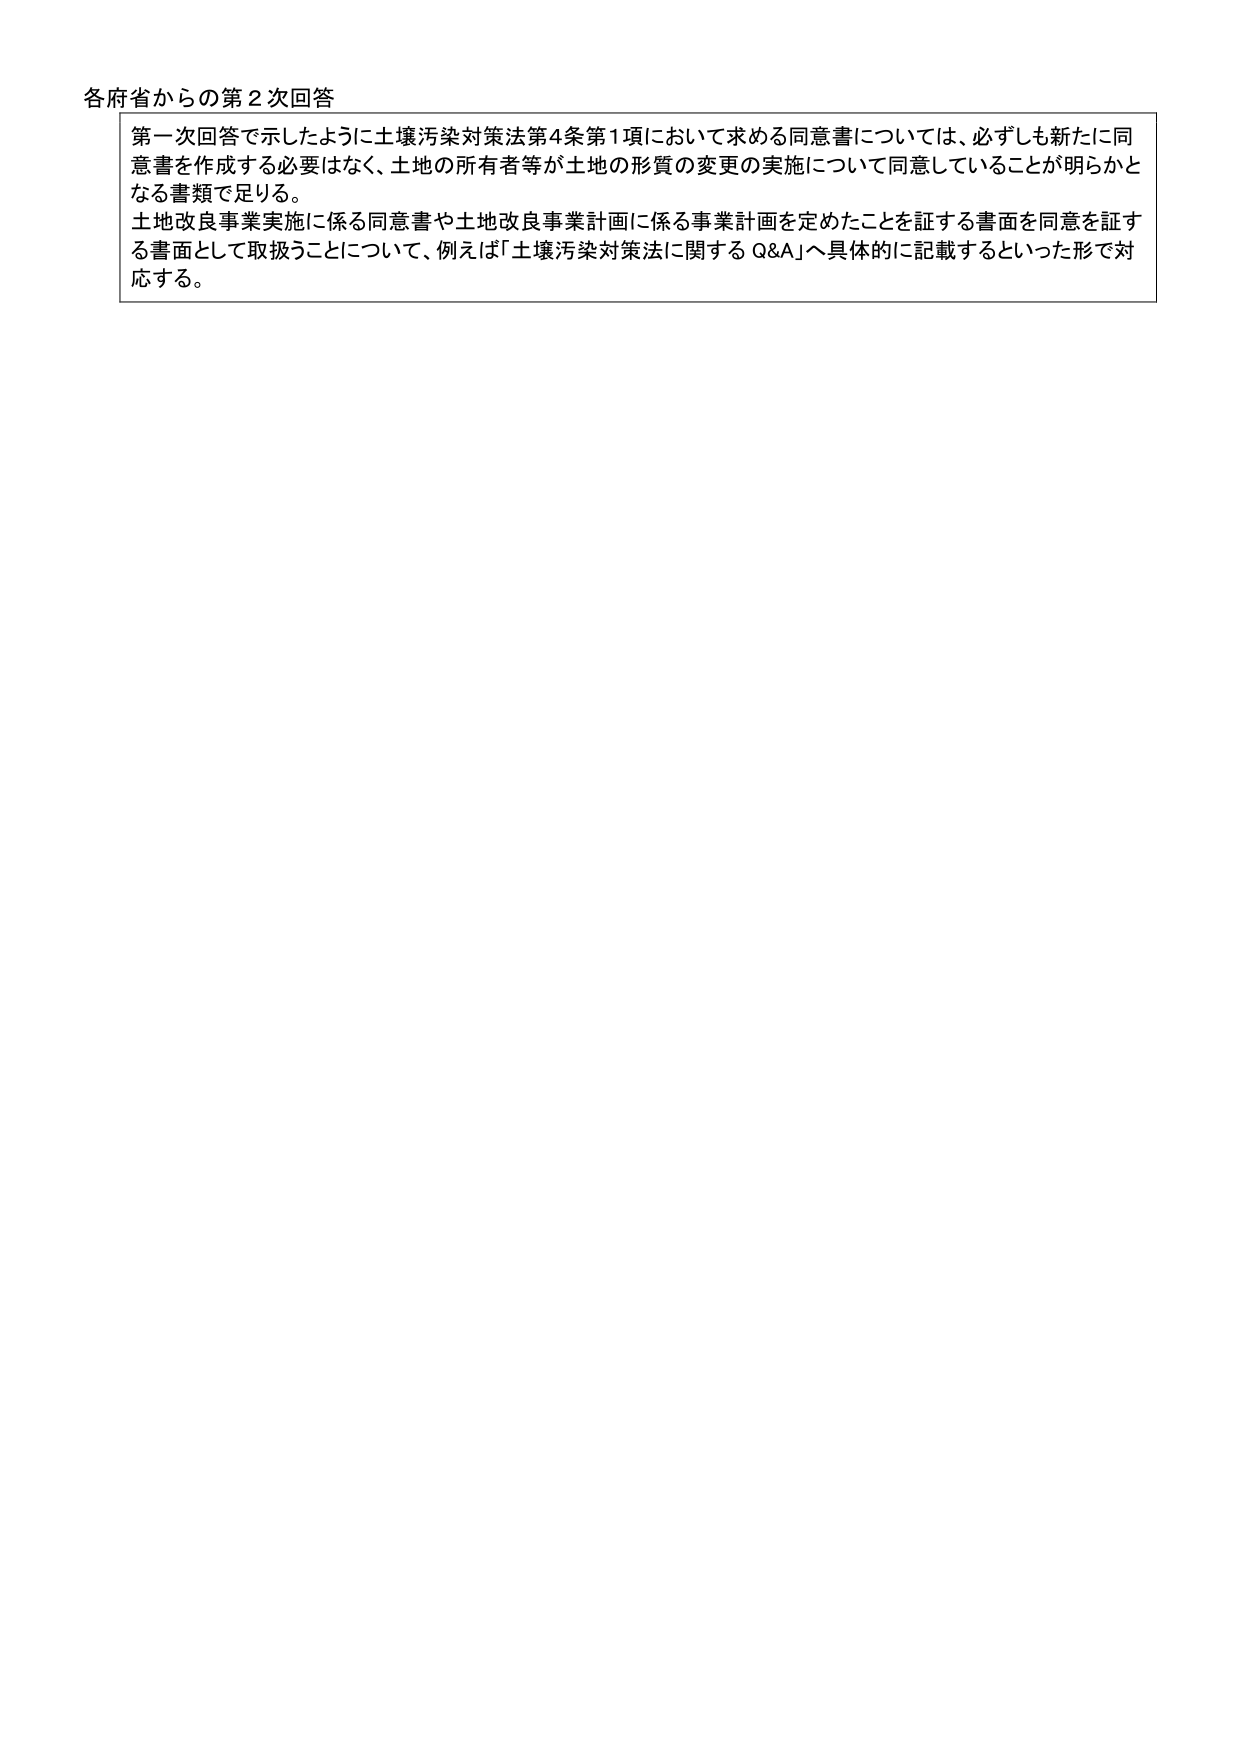
各府省からの第２次回答

第一次回答で示したように土壌汚染対策法第4条第1項において求める同意書については、必ずしも新たに同意書を作成する必要はなく、土地の所有者等が土地の形質の変更の実施について同意していることが明らかとなる書類で足りる。
土地改良事業実施に係る同意書や土地改良事業計画に係る事業計画を定めたことを証する書面を同意を証する書面として取扱うことについて、例えば「土壌汚染対策法に関するQ&A」へ具体的に記載するといった形で対応する。